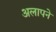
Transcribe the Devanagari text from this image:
अलापने